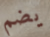
يضم